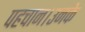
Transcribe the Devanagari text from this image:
पहचान।उनके